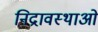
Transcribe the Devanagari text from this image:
निद्रावस्थाओं